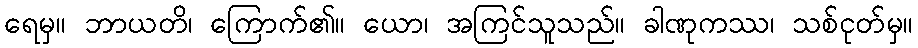
ရေမှ။ ဘာယတိ၊ ကြောက်၏။ ယော၊ အကြင်သူသည်။ ခါဏုကဿ၊ သစ်ငုတ်မှ။